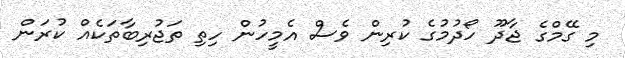
މި ގޭމްގެ ޖާދޫ ހޯދުމުގެ ކުރިން ވެސް އެމީހުން ހިތި ތަޖުރިބާތަކެއް ކުރަން